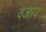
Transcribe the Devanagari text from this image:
वजाय